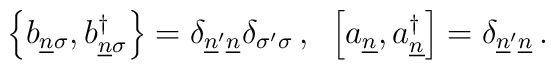
\left\{b_{\underline{n}\sigma},b_{\underline{n}\sigma}^\dagger\right\}=  \delta_{\underline{n}'\underline{n}}\delta_{\sigma'\sigma}\,,\;\;\left[a_{\underline{n}},a_{\underline{n}}^\dagger\right]=  \delta_{\underline{n}'\underline{n}}\,.